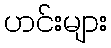
ဟင်းများ